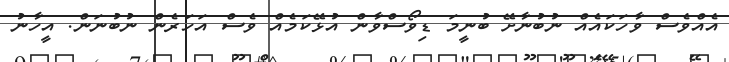
އެއްވެސް ވާހަކައެއް ނުބުނާށޭ ބުނީމަ ޑިވޯސްވާން އުޅޭކަމެއް ވެސް އަހަރެން ނުބުނަން. އީހާނު